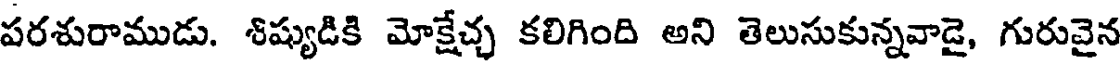
పరశురాముడు. శిష్యుడికి మోక్షేచ్చ కలిగింది అని తెలుసుకున్నవాడై, గురువైన